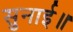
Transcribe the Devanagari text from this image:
सुनाई॥